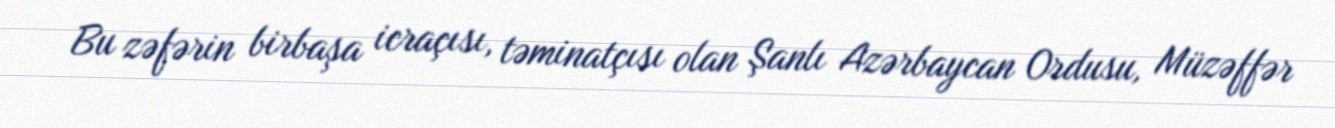
Bu zəfərin birbaşa icraçısı, təminatçısı olan Şanlı Azərbaycan Ordusu, Müzəffər